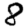
Digit: 8